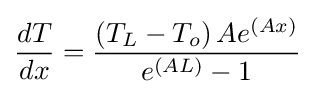
{\frac {dT}{dx}}={\frac {\left(T_{L}-T_{o}\right)Ae^{\left(Ax\right)}}{e^{\left(AL\right)}-1}}